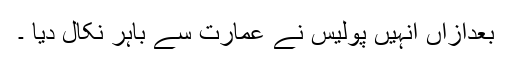
بعدازاں انہیں پولیس نے عمارت سے باہر نکال دیا ۔